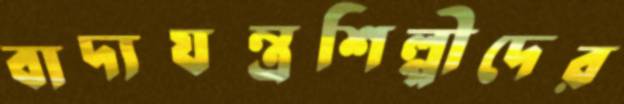
বাদ্যযন্ত্রশিল্পীদের